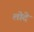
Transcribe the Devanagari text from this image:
लोदे